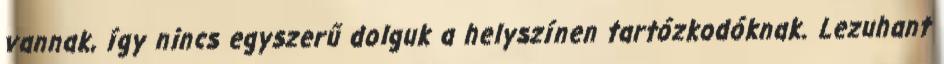
vannak, így nincs egyszerű dolguk a helyszínen tartózkodóknak. Lezuhant